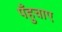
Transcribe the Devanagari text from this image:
पँहुचाए